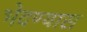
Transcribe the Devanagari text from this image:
भेदण्यास